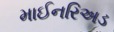
માઈનરિઅડ